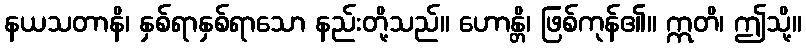
နယသတာနိ၊ နှစ်ရာနှစ်ရာသော နည်းတို့သည်။ ဟောန္တိ၊ ဖြစ်ကုန်၏။ ဣတိ၊ ဤသို့။